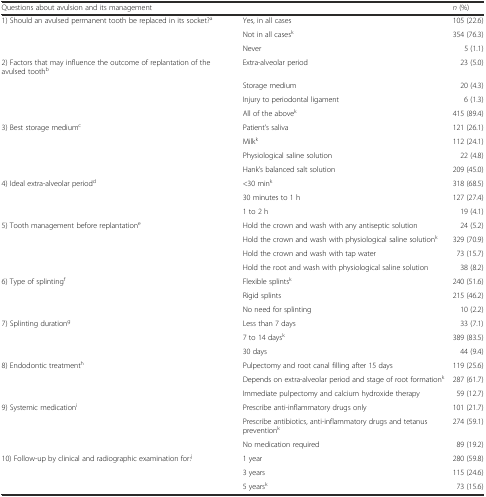
| Questions about avulsion and its management |  | n (%) |
 | --- | --- | --- |
 | 1) Should an avulsed permanent tooth be replaced in its socket?a | Yes, in all cases | 105 (22.6) |
 |  | Not in all casesk | 354 (76.3) |
 |  | Never | 5 (1.1) |
 | 2) Factors that may influence the outcome of replantation of the avulsed toothb | Extra-alveolar period | 23 (5.0) |
 |  | Storage medium | 20 (4.3) |
 |  | Injury to periodontal ligament | 6 (1.3) |
 |  | All of the abovek | 415 (89.4) |
 | 3) Best storage mediumc | Patient’s saliva | 121 (26.1) |
 |  | Milkk | 112 (24.1) |
 |  | Physiological saline solution | 22 (4.8) |
 |  | Hank’s balanced salt solution | 209 (45.0) |
 | 4) Ideal extra-alveolar periodd | <30 mink | 318 (68.5) |
 |  | 30 minutes to 1 h | 127 (27.4) |
 |  | 1 to 2 h | 19 (4.1) |
 | 5) Tooth management before replantatione | Hold the crown and wash with any antiseptic solution | 24 (5.2) |
 |  | Hold the crown and wash with physiological saline solutionk | 329 (70.9) |
 |  | Hold the crown and wash with tap water | 73 (15.7) |
 |  | Hold the root and wash with physiological saline solution | 38 (8.2) |
 | 6) Type of splintingf | Flexible splintsk | 240 (51.6) |
 |  | Rigid splints | 215 (46.2) |
 |  | No need for splinting | 10 (2.2) |
 | 7) Splinting durationg | Less than 7 days | 33 (7.1) |
 |  | 7 to 14 daysk | 389 (83.5) |
 |  | 30 days | 44 (9.4) |
 | 8) Endodontic treatmenth | Pulpectomy and root canal filling after 15 days | 119 (25.6) |
 |  | Depends on extra-alveolar period and stage of root formationk | 287 (61.7) |
 |  | Immediate pulpectomy and calcium hydroxide therapy | 59 (12.7) |
 | 9) Systemic medicationi | Prescribe anti-inflammatory drugs only | 101 (21.7) |
 |  | Prescribe antibiotics, anti-inflammatory drugs and tetanus preventionk | 274 (59.1) |
 |  | No medication required | 89 (19.2) |
 | 10) Follow-up by clinical and radiographic examination for:j | 1 year | 280 (59.8) |
 |  | 3 years | 115 (24.6) |
 |  | 5 yearsk | 73 (15.6) |